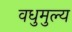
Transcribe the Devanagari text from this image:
वधुमुल्य